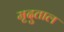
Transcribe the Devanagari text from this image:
मृदुताल